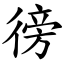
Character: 徬